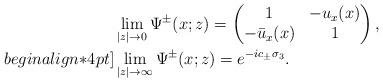
LaTeX: \begin{align*}&\lim _{|z| \rightarrow 0} \Psi^{\pm}(x;z) =\begin{pmatrix}1 &-u_x(x)\\-\bar{u}_x(x)&1\end{pmatrix},\\begin{align*}4pt]&\lim_{|z| \rightarrow \infty}\Psi^{\pm}(x;z)=e^{-ic_\pm\sigma_3}.\end{align*}